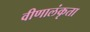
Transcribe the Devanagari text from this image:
वीणालंकृता